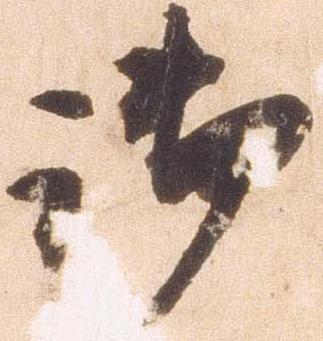
御